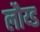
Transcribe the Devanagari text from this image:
लौय्ड